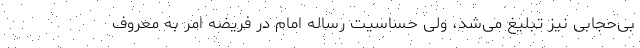
بی‌حجابی نیز تبلیغ می‌شد، ولی حساسیت رساله امام در فریضه امر به معروف